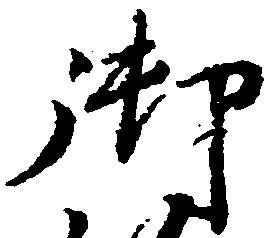
御